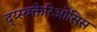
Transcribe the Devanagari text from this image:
द्य्स्बक्तेरिओसिस